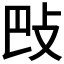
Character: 𢻷